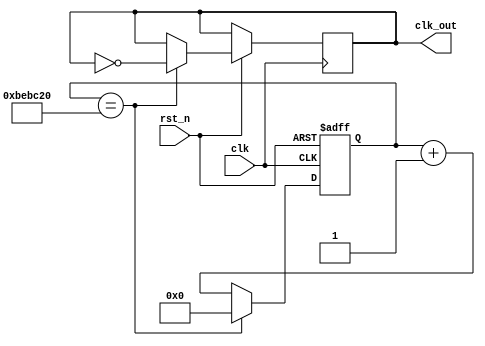
`timescale 1ns / 1ps
//////////////////////////////////////////////////////////////////////////////////
// Company: 
// Engineer: 
// 
// Design Name: 
// Module Name: freqdiv_5hz
// Project Name: 
// Target Devices: 
// Tool Versions: 
// Description: 
// 
// Dependencies: 
// 
// Revision:
// Revision 0.01 - File Created
// Additional Comments:
// 
//////////////////////////////////////////////////////////////////////////////////


module freqdiv_5hz(
    input clk,
    input rst_n,
    output reg clk_out
    );
    reg [26:0]q;
    reg [26:0]q_tmp;
    
    always@*
        if(q==27'd12500000)
            q_tmp=27'd0;
        else 
            q_tmp=q+1'b1;
            
    always@(posedge clk or negedge rst_n)
    if(~rst_n) q <= 27'd0;
    else 
    begin
        q <= q_tmp;
        if(q == 27'd12500000)
            clk_out = ~clk_out;
        else 
            clk_out = clk_out;
    end
    
    endmodule